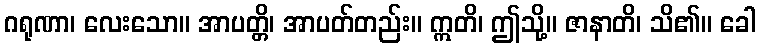
ဂရုဏာ၊ လေးသော။ အာပတ္တိ၊ အာပတ်တည်း။ ဣတိ၊ ဤသို့။ ဇာနာတိ၊ သိ၏။ ခေါ